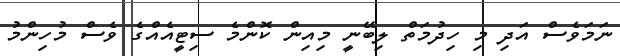
ނަމަވެސް އަދި މި ހިދުމަތް ލިބޭނީ މިއިން ކޮންމެ ސިޓީއެއްގެ ވެސް މުހިންމު